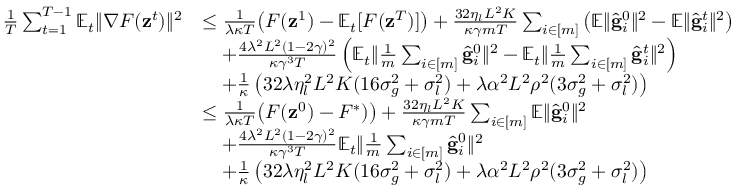
\begin{array} { r l } { \frac { 1 } { T } \sum _ { t = 1 } ^ { T - 1 } \mathbb { E } _ { t } \Vert \nabla F ( \mathbf { z } ^ { t } ) \Vert ^ { 2 } } & { \leq \frac { 1 } { \lambda \kappa T } \bigl ( F ( \mathbf { z } ^ { 1 } ) - \mathbb { E } _ { t } [ F ( \mathbf { z } ^ { T } ) ] \bigr ) + \frac { 3 2 \eta _ { l } L ^ { 2 } K } { \kappa \gamma m T } \sum _ { i \in [ m ] } \left( \mathbb { E } \Vert \hat { \mathbf { g } } _ { i } ^ { 0 } \Vert ^ { 2 } - \mathbb { E } \Vert \hat { \mathbf { g } } _ { i } ^ { t } \Vert ^ { 2 } \right) } \\ & { \quad + \frac { 4 \lambda ^ { 2 } L ^ { 2 } ( 1 - 2 \gamma ) ^ { 2 } } { \kappa \gamma ^ { 3 } T } \left( \mathbb { E } _ { t } \Vert \frac { 1 } { m } \sum _ { i \in [ m ] } \hat { \mathbf { g } } _ { i } ^ { 0 } \Vert ^ { 2 } - \mathbb { E } _ { t } \Vert \frac { 1 } { m } \sum _ { i \in [ m ] } \hat { \mathbf { g } } _ { i } ^ { t } \Vert ^ { 2 } \right) } \\ & { \quad + \frac { 1 } { \kappa } \left( 3 2 \lambda \eta _ { l } ^ { 2 } L ^ { 2 } K ( 1 6 \sigma _ { g } ^ { 2 } + \sigma _ { l } ^ { 2 } ) + \lambda \alpha ^ { 2 } L ^ { 2 } \rho ^ { 2 } ( 3 \sigma _ { g } ^ { 2 } + \sigma _ { l } ^ { 2 } ) \right) } \\ & { \leq \frac { 1 } { \lambda \kappa T } \bigl ( F ( \mathbf { z } ^ { 0 } ) - F ^ { * } ) \bigr ) + \frac { 3 2 \eta _ { l } L ^ { 2 } K } { \kappa \gamma m T } \sum _ { i \in [ m ] } \mathbb { E } \Vert \hat { \mathbf { g } } _ { i } ^ { 0 } \Vert ^ { 2 } } \\ & { \quad + \frac { 4 \lambda ^ { 2 } L ^ { 2 } ( 1 - 2 \gamma ) ^ { 2 } } { \kappa \gamma ^ { 3 } T } \mathbb { E } _ { t } \Vert \frac { 1 } { m } \sum _ { i \in [ m ] } \hat { \mathbf { g } } _ { i } ^ { 0 } \Vert ^ { 2 } } \\ & { \quad + \frac { 1 } { \kappa } \left( 3 2 \lambda \eta _ { l } ^ { 2 } L ^ { 2 } K ( 1 6 \sigma _ { g } ^ { 2 } + \sigma _ { l } ^ { 2 } ) + \lambda \alpha ^ { 2 } L ^ { 2 } \rho ^ { 2 } ( 3 \sigma _ { g } ^ { 2 } + \sigma _ { l } ^ { 2 } ) \right) } \end{array}